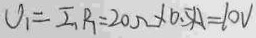
V _ { 1 } = I _ { 1 } R _ { 1 } = 2 0 \Omega \times 0 . 5 \times 1 = 1 0 V